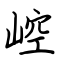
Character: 崆